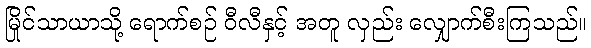
မြိုင်သာယာသို့ ရောက်စဉ် ဝီလီနှင့် အတူ လှည်း လျှောက်စီးကြသည်။